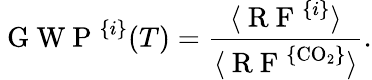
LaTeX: \mathrm{~G~W~P~}^{\{ i\} }(T)=\frac{\langle\mathrm{~R~F~}^{\{ i\} }\rangle}{\langle\mathrm{~R~F~}^{\{ \mathrm{CO}_{2}\} }\rangle}.